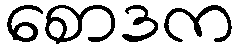
စောဒက